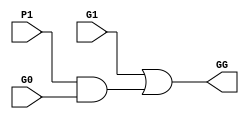
module G_Cell(G0, G1, P1, GG);
	input G0, G1, P1;
	output GG;
	
	assign GG = G1 | (P1 & G0);
endmodule
//G_Cell = G_k-1:l, G_i:k, P_i:k >> G_i:0